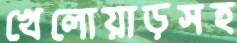
খেলোয়াড়সহ